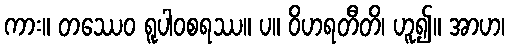
ကား။ တဿေဝ ရူပါဝစရဿ။ ပ။ ဝိဟရတီတိ၊ ဟူ၍။ အာဟ၊